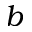
b